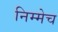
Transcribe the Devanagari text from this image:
निम्मेच